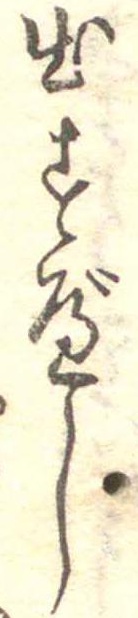
出すべし